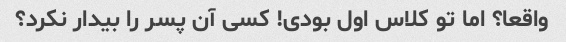
واقعا؟ اما تو کلاس اول بودی! کسی آن پسر را بیدار نکرد؟